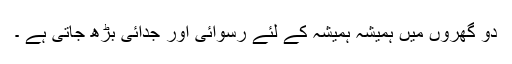
دو گھروں میں ہمیشہ ہمیشہ کے لئے رسوائی اور جدائی بڑھ جاتی ہے ۔